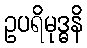
ဥပရိမုဒ္ဓနိ